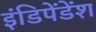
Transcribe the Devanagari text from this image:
इंडिपेंडेंश